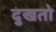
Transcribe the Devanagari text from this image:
दुखतो